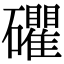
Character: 𥗫